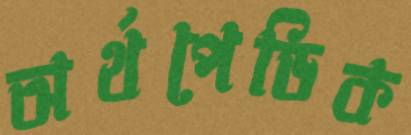
অর্থপেডিক